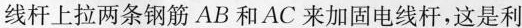
线杆上拉两条钢筋 AB 和 AC 来加固电线杆，这是利